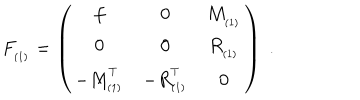
F _ { _ { ( 1 ) } } = \left( \begin{array} { c c c } { { f } } & { { 0 } } & { { M _ { _ { ( 1 ) } } } } \\ { { 0 } } & { { 0 } } & { { R _ { _ { ( 1 ) } } } } \\ { { - M _ { _ { ( 1 ) } } ^ { ^ T } } } & { { - R _ { _ { ( 1 ) } } ^ { ^ T } } } & { { 0 } } \\ \end{array} \right) \; .